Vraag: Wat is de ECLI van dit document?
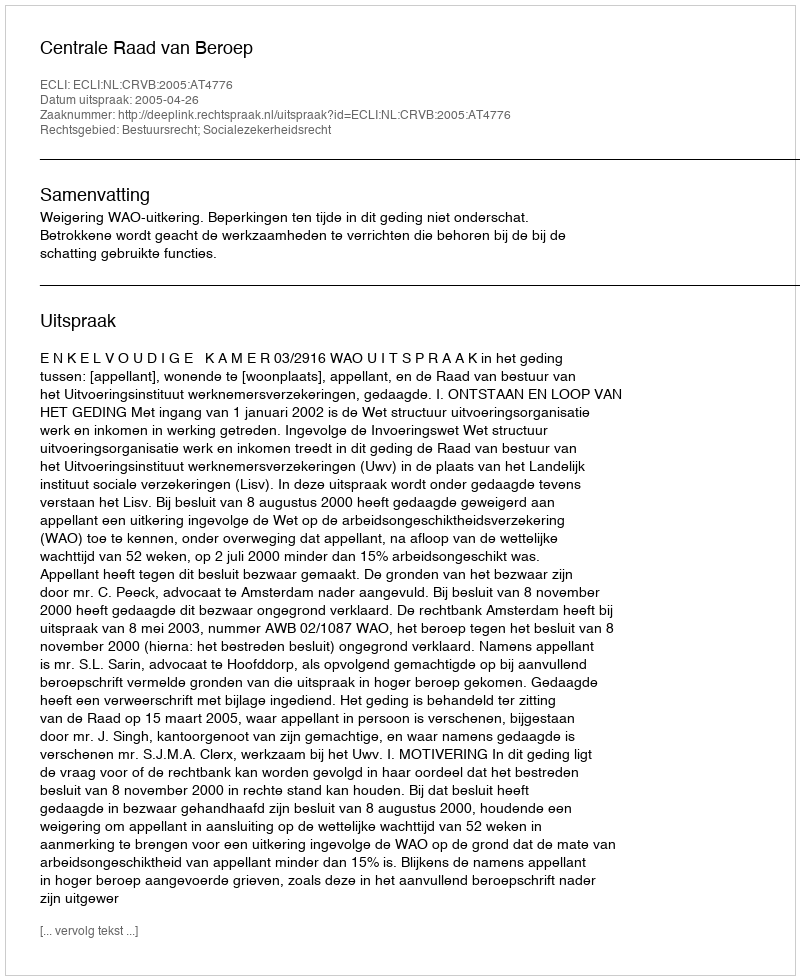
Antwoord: ECLI:NL:CRVB:2005:AT4776